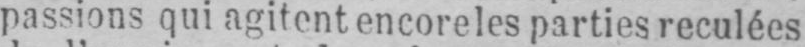
passions qui agitent encore les parties reculées